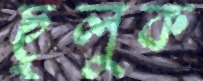
ছুলুক